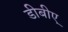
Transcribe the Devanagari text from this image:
डीबीए